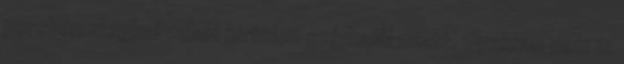
percben meghal valaki hirtelen szívhalál miatt. Gyakran nem is